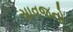
સાવજનો